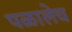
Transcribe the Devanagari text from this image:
पळालेच